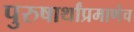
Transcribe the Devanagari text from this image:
पुरुषार्थांप्रमाणेच